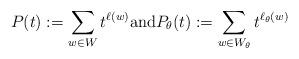
LaTeX: \begin{align*}P(t):= \sum_{w\in W} t^{\ell(w)} \textrm{and} P_\theta(t):=\sum_{w\in W_\theta} t^{\ell_{\theta}(w)}\end{align*}